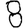
Digit: 8